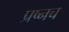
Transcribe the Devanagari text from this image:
प्रष्नच